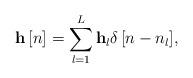
LaTeX: \begin{align*} {\bf{h}}\left[ n \right] = \sum\limits_{l = 1}^L {{\bf{h}}_l\delta \left[ {n - {n_l}} \right]}, \end{align*}